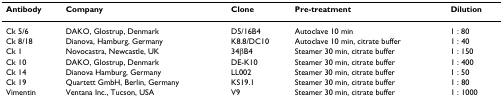
<table><thead><tr><td><b>Antibody</b></td><td><b>Company</b></td><td><b>Clone</b></td><td><b>Pre-treatment</b></td><td><b>Dilution</b></td></tr></thead><tbody><tr><td>Ck 5/6</td><td>DAKO, Glostrup, Denmark</td><td>D5/16B4</td><td>Autoclave 10 min</td><td>1 : 80</td></tr><tr><td>Ck 8/18</td><td>Dianova, Hamburg, Germany</td><td>K8.8/DC10</td><td>Autoclave 10 min, citrate buffer</td><td>1 : 40</td></tr><tr><td>Ck 1</td><td>Novocastra, Newcastle, UK</td><td>34βB4</td><td>Steamer 30 min, citrate buffer</td><td>1 : 150</td></tr><tr><td>Ck 10</td><td>DAKO, Glostrup, Denmark</td><td>DE-K10</td><td>Steamer 30 min, citrate buffer</td><td>1 : 400</td></tr><tr><td>Ck 14</td><td>Dianova Hamburg, Germany</td><td>LL002</td><td>Steamer 30 min, citrate buffer</td><td>1 : 50</td></tr><tr><td>Ck 19</td><td>Quartett GmbH, Berlin, Germany</td><td>KS19.1</td><td>Steamer 30 min, citrate buffer</td><td>1 : 80</td></tr><tr><td>Vimentin</td><td>Ventana Inc., Tucson, USA</td><td>V9</td><td>Steamer 30 min, citrate buffer</td><td>1 : 1000</td></tr></tbody></table>